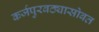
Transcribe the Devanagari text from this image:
कर्जपुरवठ्यासोबत